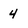
Character: 4